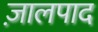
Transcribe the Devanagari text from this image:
ज़ालपाद